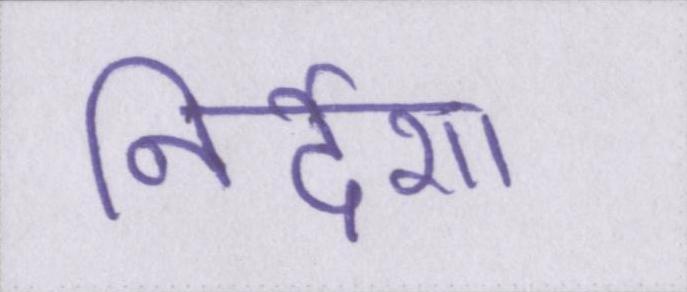
निर्देश